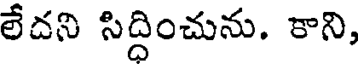
లేదని సిద్దించును. కాని,